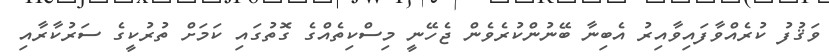
ވަޤުފު ކުރެއްވާފައިވާއިރު އެބިނާ ބޭނުންކުރެވެން ޖެހޭނީ މިސްކިތެއްގެ ގޮތުގައި ކަމަށް ތުރުކީގެ ސަރުކާރާއި